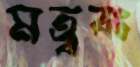
মত্ববঃ